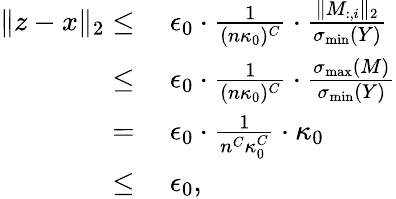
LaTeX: \begin{array}{rl}{\| z-x\| _{2}\leq}&{~\epsilon_{0}\cdot\frac{1}{(n\kappa_{0})^{C}}\cdot\frac{\| M_{:,i}\| _{2}}{\sigma_{\operatorname*{min}}(Y)}}\\ {\leq}&{~\epsilon_{0}\cdot\frac{1}{(n\kappa_{0})^{C}}\cdot\frac{\sigma_{\operatorname*{max}}(M)}{\sigma_{\operatorname*{min}}(Y)}}\\ {=}&{~\epsilon_{0}\cdot\frac{1}{n^{C}\kappa_{0}^{C}}\cdot\kappa_{0}}\\ {\leq}&{~\epsilon_{0},}\end{array}